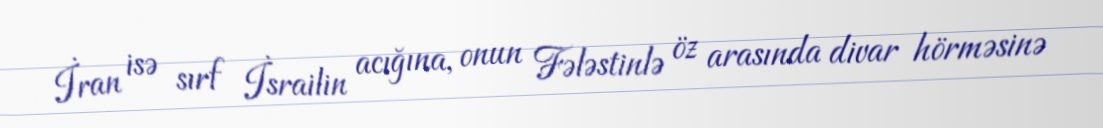
İran isə sırf İsrailin acığına, onun Fələstinlə öz arasında divar hörməsinə